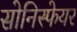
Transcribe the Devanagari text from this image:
सोनिस्फेयर